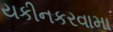
યકીનકરવામા